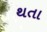
થતા